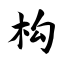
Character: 构